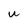
Character: u